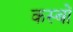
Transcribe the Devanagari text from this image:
कस्‍बों